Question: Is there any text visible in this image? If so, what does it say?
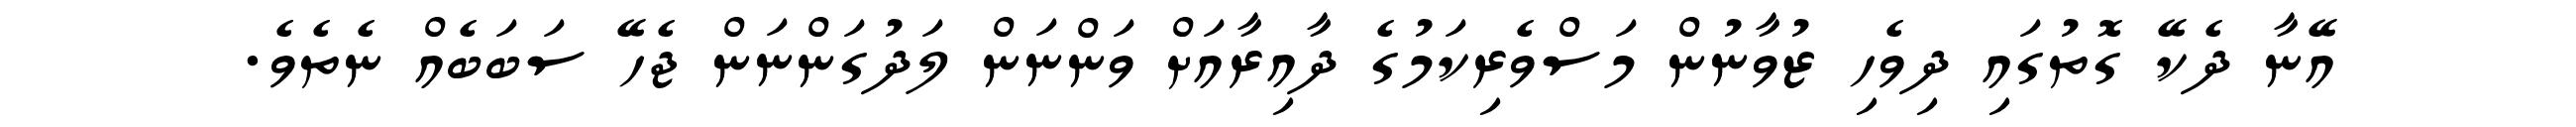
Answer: އޭނާ ދެކޭ ގޮތުގައި ދިވެހި ޒުވާނުން މަސްވެރިކަމުގެ ދާއިރާއަށް ވަންނަން ލަދުގަންނަން ޖެހޭ ސަބަބެއް ނެތެވެ.